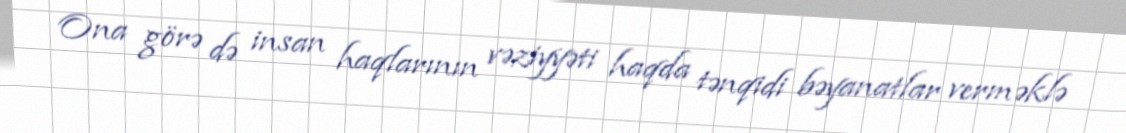
Ona görə də insan haqlarının vəziyyəti haqda tənqidi bəyanatlar verməklə